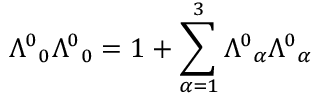
\Lambda ^ { 0 } { } _ { 0 } \Lambda ^ { 0 } { } _ { 0 } = 1 + \sum _ { \alpha = 1 } ^ { 3 } \Lambda ^ { 0 } { } _ { \alpha } \Lambda ^ { 0 } { } _ { \alpha }